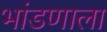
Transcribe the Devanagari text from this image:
भांडणाला